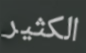
الكثير